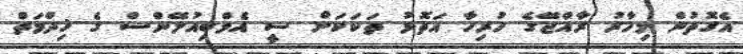
އެގޮތުން މިހާރު ރާއްޖޭގެ ހުރިހާ އަތޮޅު ތަކަކަށް ސީ އެމްބިއުލޭންސް ގެ ޚިދްމަތް